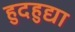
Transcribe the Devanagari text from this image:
हुदहुद्या